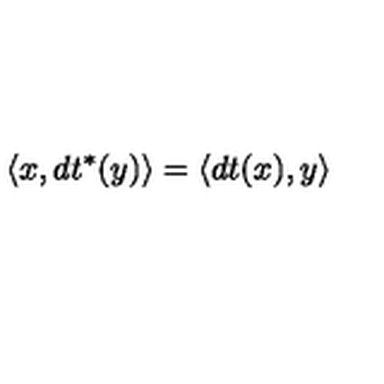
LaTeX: \langle x , d t ^ { * } ( y ) \rangle = \langle d t ( x ) , y \rangle